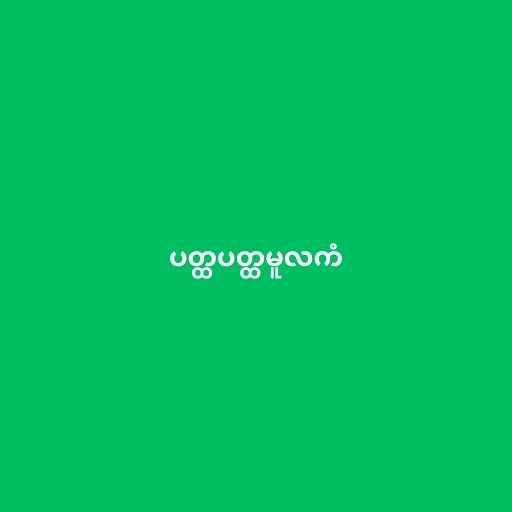
ပတ္ထပတ္ထမူလကံ